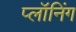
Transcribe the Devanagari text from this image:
प्लॉनिंग